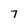
Character: 7